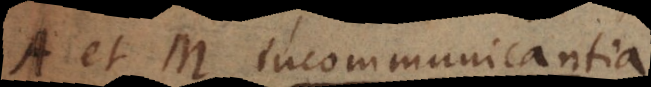
A et B incommunicantia